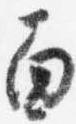
面